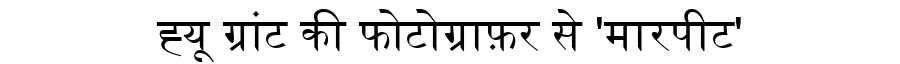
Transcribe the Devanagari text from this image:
ह्यू ग्रांट की फोटोग्राफ़र से 'मारपीट'